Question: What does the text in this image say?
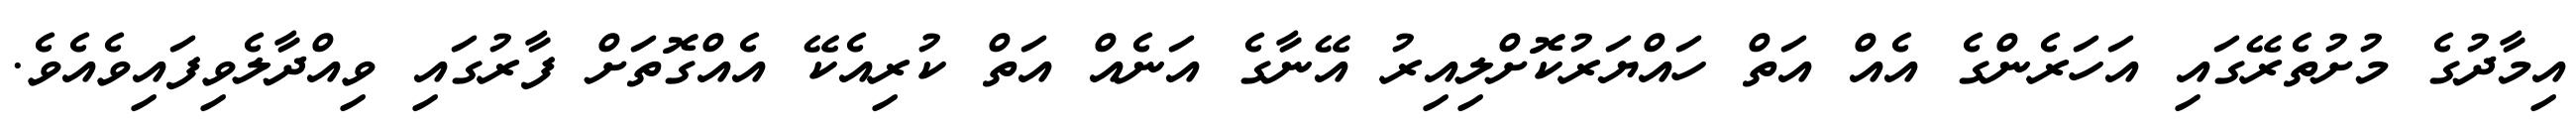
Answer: އިމާދުގެ މުށުތެރޭގައި އަހަރެންގެ އެއް އަތް ހައްޔަރުކޮށްލިއިރު އޭނާގެ އަނެއް އަތް ކުރިއެކޭ އެއްގޮތަށް ފާރުގައި ވިއްދާލެވިފައިވެއެވެ.